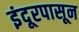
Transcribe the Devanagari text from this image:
इंदूरपासून